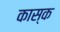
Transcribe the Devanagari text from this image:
कास्क